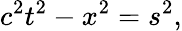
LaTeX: c^{2}t^{2}-x^{2}=s^{2},